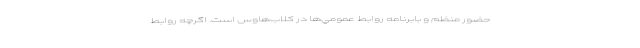
حضور منظم و بابرنامه روابط ‌عمومي‌ها در كلاب‌هاوس است. اگرچه روابط